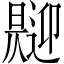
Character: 𱢧